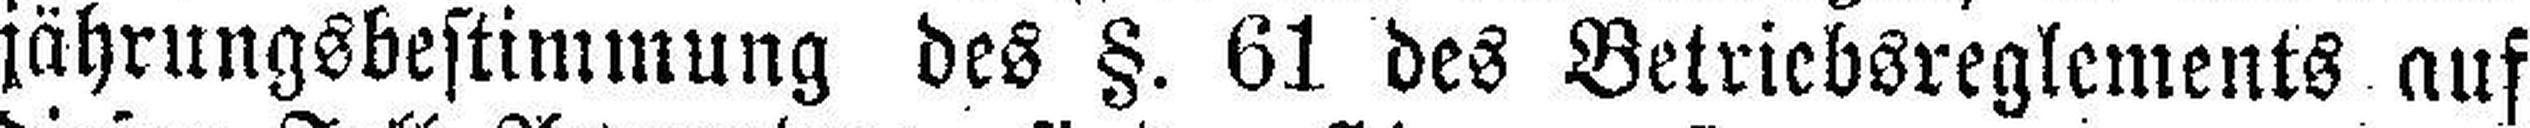
jährungsbestimmung des §. 61 des Betriebsreglements auf